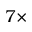
7 \times